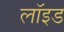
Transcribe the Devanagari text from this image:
लाॅइड